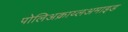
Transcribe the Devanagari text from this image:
पोलिअक्राय्लअमाइड